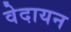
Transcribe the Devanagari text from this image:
वेदायन